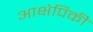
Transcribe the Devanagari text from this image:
आक्षेपिकी